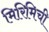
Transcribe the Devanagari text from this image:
मिरिमिची